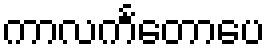
ကာလင်္ကတောပေ